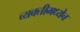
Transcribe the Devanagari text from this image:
व्यक्तीमध्येच